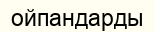
ойпандарды